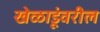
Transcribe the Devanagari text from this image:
खेळाडूंवरील